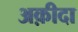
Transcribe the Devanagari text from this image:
अक़ीदा